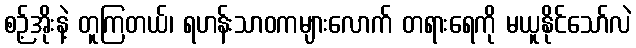
စဉ့်အိုးနဲ့ တူကြတယ်၊ ရဟန်းသာဝကများလောက် တရားရေကို မယူနိုင်သော်လဲ